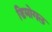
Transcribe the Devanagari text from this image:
डिमोगल